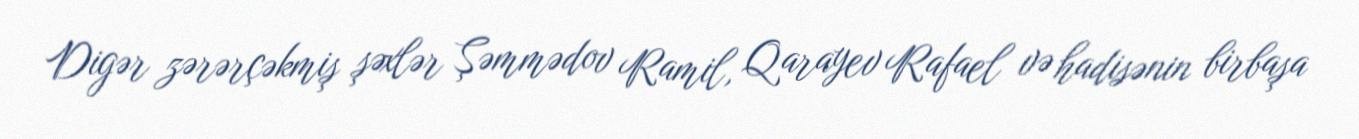
Digər zərərçəkmiş şəxlər Şəmmədov Ramil, Qarayev Rafael və hadisənin birbaşa